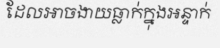
ដែលអាចងាយធ្លាក់ក្នុងអន្ទាក់